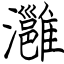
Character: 灉